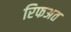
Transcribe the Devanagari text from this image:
रिफअत